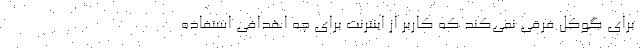
برای گوکل فرقی نمی‌کند که کاربر از اینترنت برای چه اهدافی استفاده